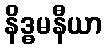
နိဒ္ဓမနီယာ